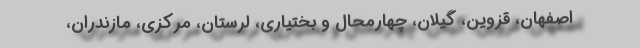
اصفهان، قزوین، گیلان، چهارمحال و بختیاری، لرستان، مرکزی، مازندران،